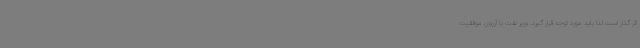
اثر گذار است لذا باید مورد توجه قرار گیرد. وزیر نفت با آرزوی موفقیت